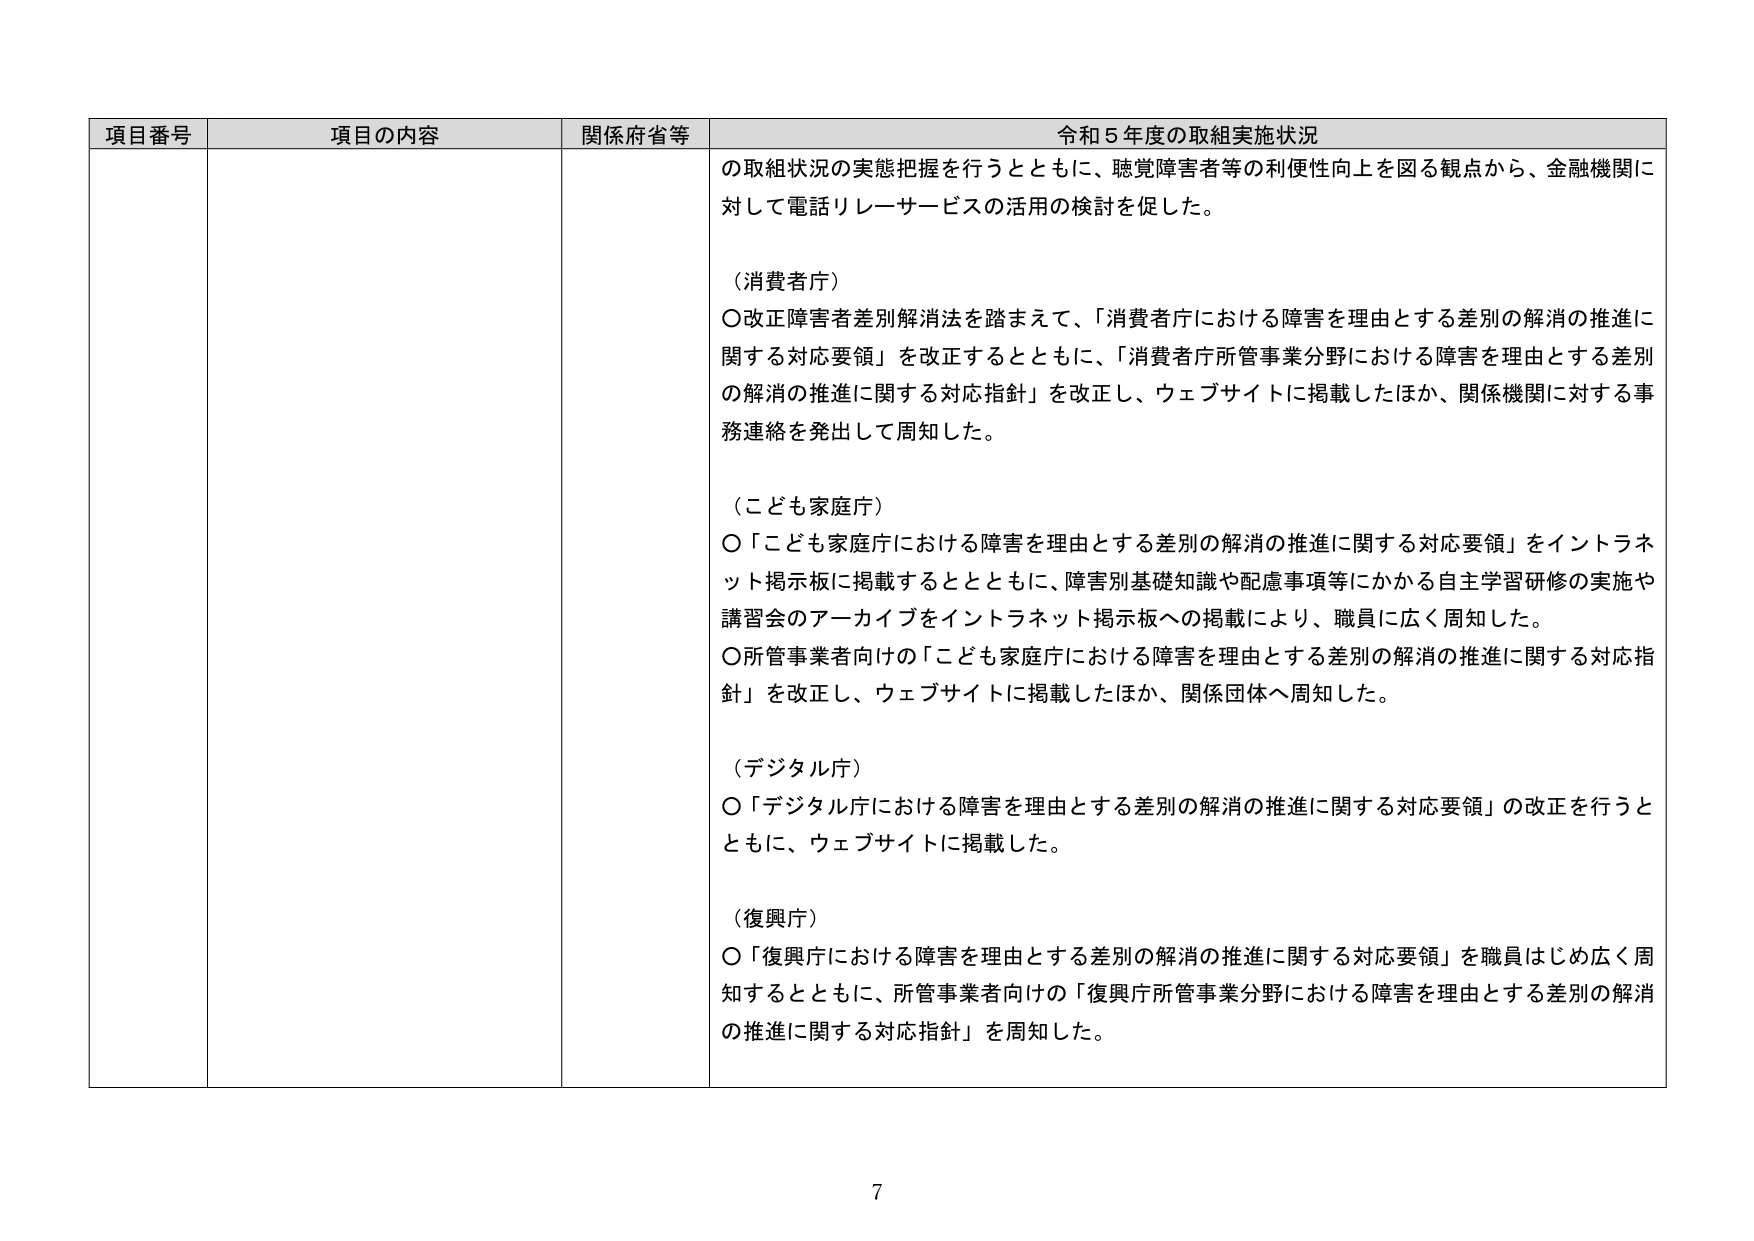
項目番号 項目の内容 関係府省等 令和５年度の取組実施状況
の取組状況の実態把握を行うとともに、聴覚障害者等の利便性向上を図る観点から、金融機関に
対して電話リレーサービスの活用の検討を促した。
（消費者庁）
〇改正障害者差別解消法を踏まえて、「消費者庁における障害を理由とする差別の解消の推進に
関する対応要領」を改正するとともに、「消費者庁所管事業分野における障害を理由とする差別
の解消の推進に関する対応指針」を改正し、ウェブサイトに掲載したほか、関係機関に対する事
務連絡を発出して周知した。
（こども家庭庁）
〇「こども家庭庁における障害を理由とする差別の解消の推進に関する対応要領」をイントラネ
ット掲示板に掲載するとともに、障害別基礎知識や配慮事項等にかかる自主学習研修の実施や
講習会のアーカイブをイントラネット掲示板への掲載により、職員に広く周知した。
〇所管事業者向けの「こども家庭庁における障害を理由とする差別の解消の推進に関する対応指
針」を改正し、ウェブサイトに掲載したほか、関係団体へ周知した。
（デジタル庁）
〇「デジタル庁における障害を理由とする差別の解消の推進に関する対応要領」の改正を行うと
ともに、ウェブサイトに掲載した。
（復興庁）
〇「復興庁における障害を理由とする差別の解消の推進に関する対応要領」を職員はじめ広く周
知するとともに、所管事業者向けの「復興庁所管事業分野における障害を理由とする差別の解消
の推進に関する対応指針」を周知した。
7